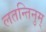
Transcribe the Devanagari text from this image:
लतन्तिनुम्